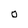
Character: O